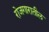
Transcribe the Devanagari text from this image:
रोजगारातील